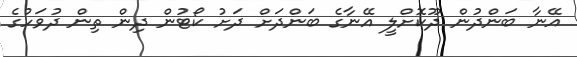
އޭނާ ބަންދުން ދޫކޮށްލީ އޭނާގެ ބަންދަށް ދަށު ކޯޓުން ދިން ތިން ދުވަހުގެ